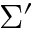
\Sigma ^ { \prime }